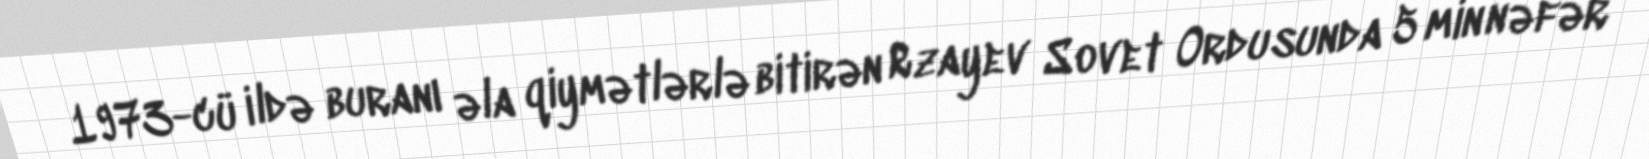
1973-cü ildə buranı əla qiymətlərlə bitirən Rzayev Sovet Ordusunda 5 min nəfər